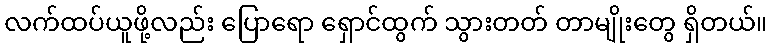
လက်ထပ်ယူဖို့လည်း ပြောရော ရှောင်ထွက် သွားတတ် တာမျိုးတွေ ရှိတယ်။